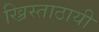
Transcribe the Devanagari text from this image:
ख्रिस्ताठायी